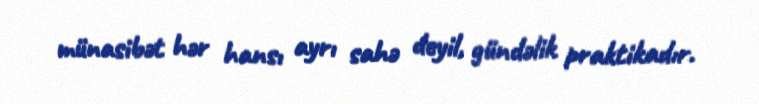
münasibət hər hansı ayrı sahə deyil, gündəlik praktikadır.